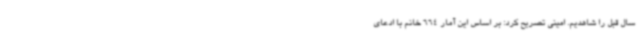
سال قبل را شاهدیم. امینی تصریح کرد: بر اساس این آمار 664 خانم با ادعای